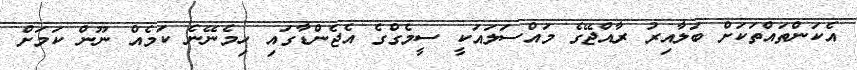
އެކަންތައްތަކަށް ބަލާއިރު ރާއްޖޭގެ މައްސަލައަކީ ސީމެގްގެ އެޖެންޑާގައި ހިމެނޭނެ ކަމެއް ނޫން ކަމަށް